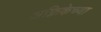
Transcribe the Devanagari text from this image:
अफ़्रिकेच्या